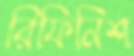
রিফিনিশ